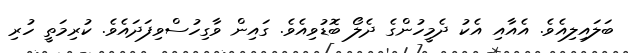
ބަލައިލިއެވެ. އެއާއި އެކު ދެމީހުންގެ ދެލޯ ބޮޑުވިއެވެ. ގައިން ވާގިހުސްވިފަދައެވެ. ކުރިމަތީ ހުރި